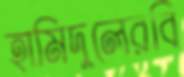
হামিদুলেরবি